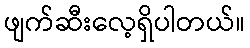
ဖျက်ဆီးလေ့ရှိပါတယ်။